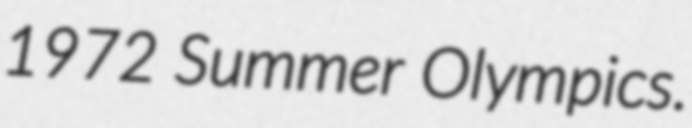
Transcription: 1972 Summer Olympics.